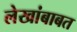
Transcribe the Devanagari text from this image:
लेखांबाबत